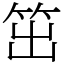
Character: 笜